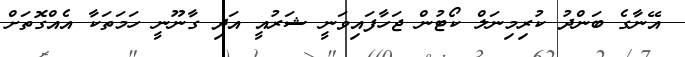
އޭނާގެ ބަންދު ކުރިމިނަލް ކޯޓުން ޖަހާފައިވަނީ ޝަރުއީ އަދި ގާނޫނީ ހަމަތަކާ އެއްގޮތަށް